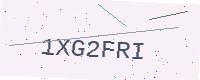
Text: 1XG2FRI